Scottish Certificate of Education, 1963
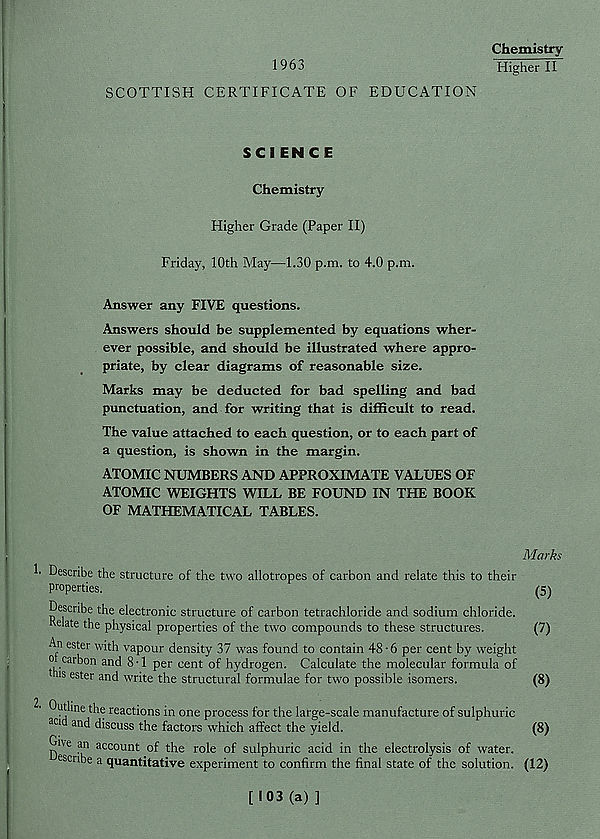
Chemistry
1963
Higher II
SCOTTISH CERTIFICATE OF EDUCATION
SCIEN C E
Chemistry
Higher Grade (Paper II)
Friday, 10th May—1.30 p.m. to 4.0 p.m.
Answer any FIVE questions.
Answers should be supplemented by equations wher-
ever possible, and should be illustrated where appro-
priate, by clear diagrams of reasonable size.
Marks may be deducted for bad spelling and bad
punctuation, and for writing that is difficult to read.
The value attached to each question, or to each part of
a question, is shown in the margin.
ATOMIC NUMBERS AND APPROXIMATE VALUES OF
ATOMIC WEIGHTS WILL BE FOUND IN THE BOOK
OF MATHEMATICAL TABLES.
1.
Marks
Describe the structure of the two allotropes of carbon and relate this to their
properties.
(5)
Describe the electronic structure of carbon tetrachloride and sodium chloride.
Kelate the physical properties of the two compounds to these structures.
(7)
An ester with vapour density 37 was found to contain 48 • 6 per cent by weight
o carbon and 8 • 1 per cent of hydrogen. Calculate the molecular formula of
ns ester and write the structural formulae for two possible isomers.
(8)
Outline the reactions in one process for the large-scale manufacture of sulphuric
ac i and discuss the factors which affect the yield.
(8)
DAe an account of the role of sulphuric acid in the electrolysis of water,
escribe a quantitative experiment to confirm the final state of the solution. (12)
[103 (a) ]